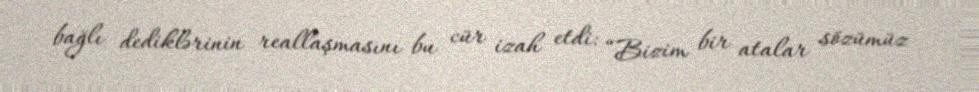
bağlı dediklərinin reallaşmasını bu cür izah etdi: “Bizim bir atalar sözümüz